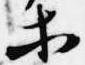
等